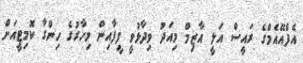
އެފްއޭއެމްގެ ރައީސް އަލީ އާޒިމް މިއަދު ވިދާޅުވީ ފީފާއިން މިހާރުގެ ހިންގާ ކޮމިޓީއަށް